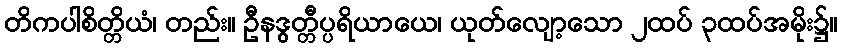
တိကပါစိတ္တိယံ၊ တည်း။ ဦနဒွတ္တီပ္ပရိယာယေ၊ ယုတ်လျော့သော ၂ထပ် ၃ထပ်အမိုး၌။